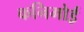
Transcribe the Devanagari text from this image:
कनिमोई